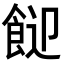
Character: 𩛓